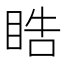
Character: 𭾵